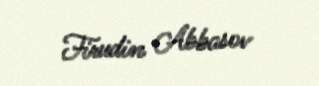
Firudin Abbasov